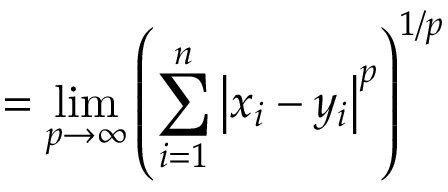
= \operatorname* { l i m } _ { p \to \infty } \left( \sum _ { i = 1 } ^ { n } \left| x _ { i } - y _ { i } \right| ^ { p } \right) ^ { 1 / p }